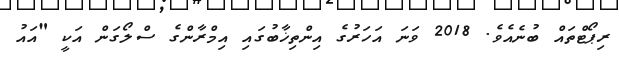
ރިޕޯޓްތައް ބުނެއެވެ. 2018 ވަނަ އަހަރުގެ އިންތިޚާބުގައި އިމްރާންގެ ސްލޯގަން އަކީ "އައު